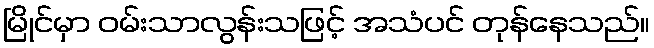
မြိုင်မှာ ဝမ်းသာလွန်းသဖြင့် အသံပင် တုန်နေသည်။